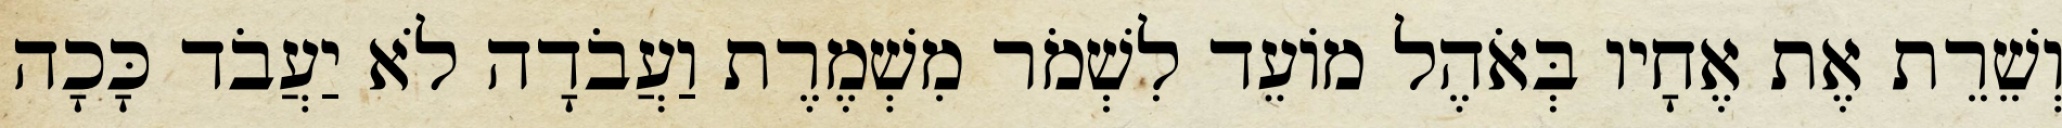
וְשֵׁרֵת אֶת אֶחָיו בְּאֹהֶל מוֹעֵד לִשְׁמֹר מִשְׁמֶרֶת וַעֲבֹדָה לֹא יַעֲבֹד כָּכָה